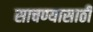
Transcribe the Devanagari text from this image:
साचण्यासाठी